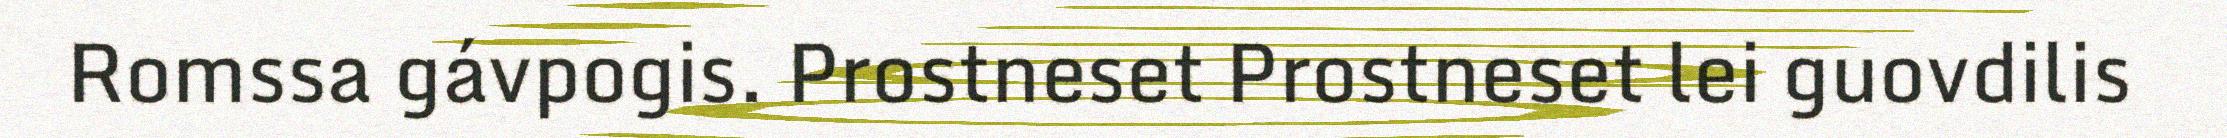
Romssa gávpogis. Prostneset Prostneset lei guovdilis